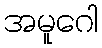
အမူဂေါ